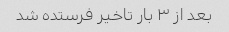
بعد از ۳ بار تاخیر فرستده شد